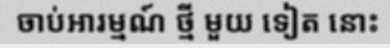
ចាប់អារម្មណ៍ ថ្មី មួយ ទៀត នោះ